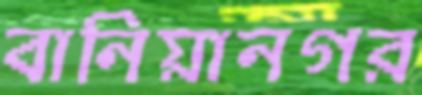
বানিয়ানগর